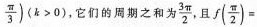
\frac { \pi } { 3} )$$ (k>0) ，它们的周期之和为 \frac{3 \pi}{2} ,且 $$f ( \frac { \pi } { 2 } ) =